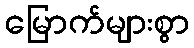
မြောက်များစွာ